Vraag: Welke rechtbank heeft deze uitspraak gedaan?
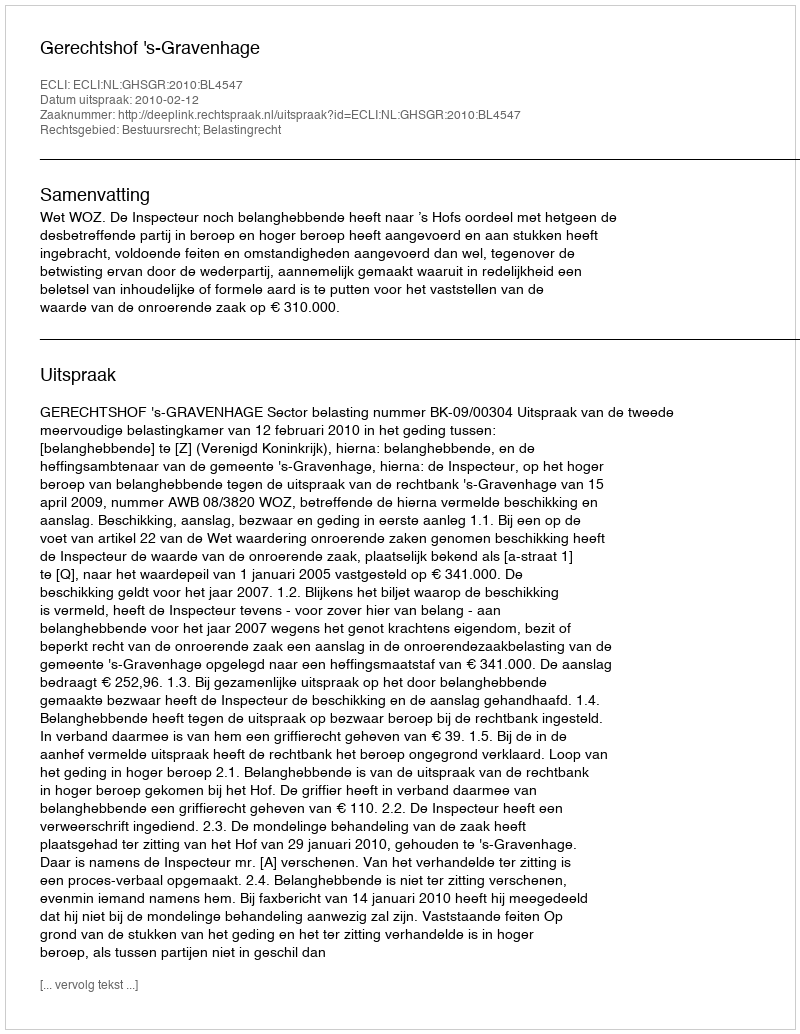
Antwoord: Gerechtshof 's-Gravenhage